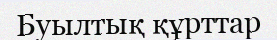
Буылтық құрттар